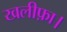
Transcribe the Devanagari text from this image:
खलीफ़ा।